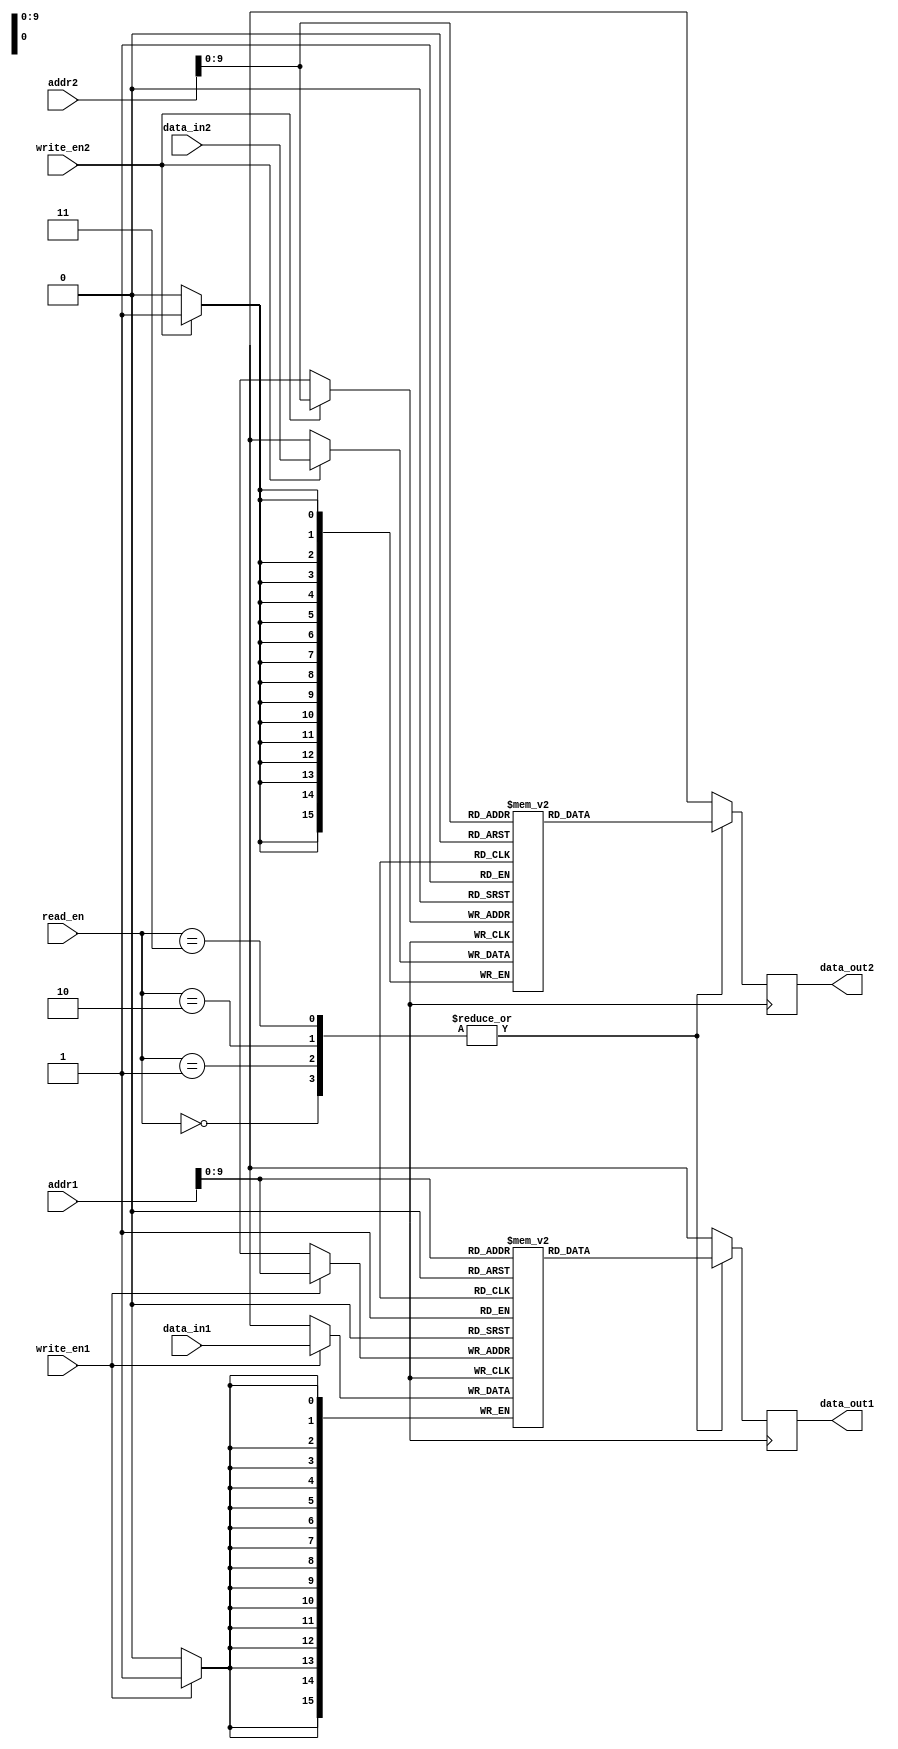
module register_file (
  input wire [15:0] addr1,
  input wire [15:0] addr2,
  input wire [15:0] data_in1,
  input wire [15:0] data_in2,
  input wire write_en1,
  input wire write_en2,
  input wire [1:0] read_en,
  output reg [15:0] data_out1,
  output reg [15:0] data_out2
);

reg [15:0] mem_block1 [1023:0];
reg [15:0] mem_block2 [1023:0];

always @ (posedge clk) begin
  if (write_en1) begin
    mem_block1[addr1] <= data_in1;
  end
  if (write_en2) begin
    mem_block2[addr2] <= data_in2;
  end

  case (read_en)
    2'b00: begin
      data_out1 <= mem_block1[addr1];
      data_out2 <= mem_block2[addr2];
    end
    2'b01: begin
      data_out1 <= mem_block1[addr1];
      data_out2 <= mem_block2[addr2];
    end
    2'b10: begin
      data_out1 <= mem_block1[addr1];
      data_out2 <= mem_block2[addr2];
    end
    2'b11: begin
      data_out1 <= mem_block1[addr1];
      data_out2 <= mem_block2[addr2];
    end
  endcase
end

endmodule